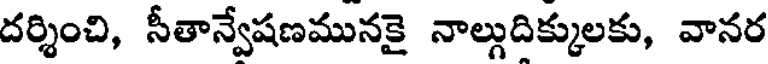
దర్శించి, సీతాన్వేషణమునకై నాల్గుదిక్కులకు, వానర